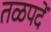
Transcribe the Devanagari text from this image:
तळपदें